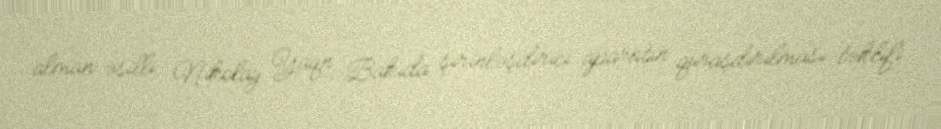
alman əsilli Nikolay Yaqn Bakıda şirinləşdirici aparatın quraşdırılması təklifi